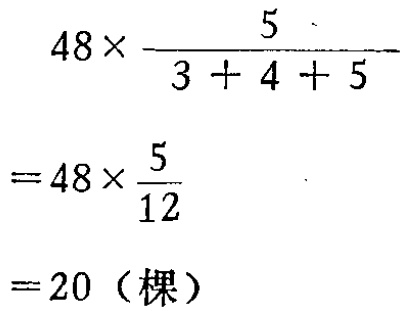
\[

\begin{align*}

&48\times\frac{5}{3 + 4 + 5}\\

=&48\times\frac{5}{12}\\

=&20 \text{（棵）}

\end{align*}

\]